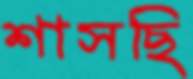
শাসছি